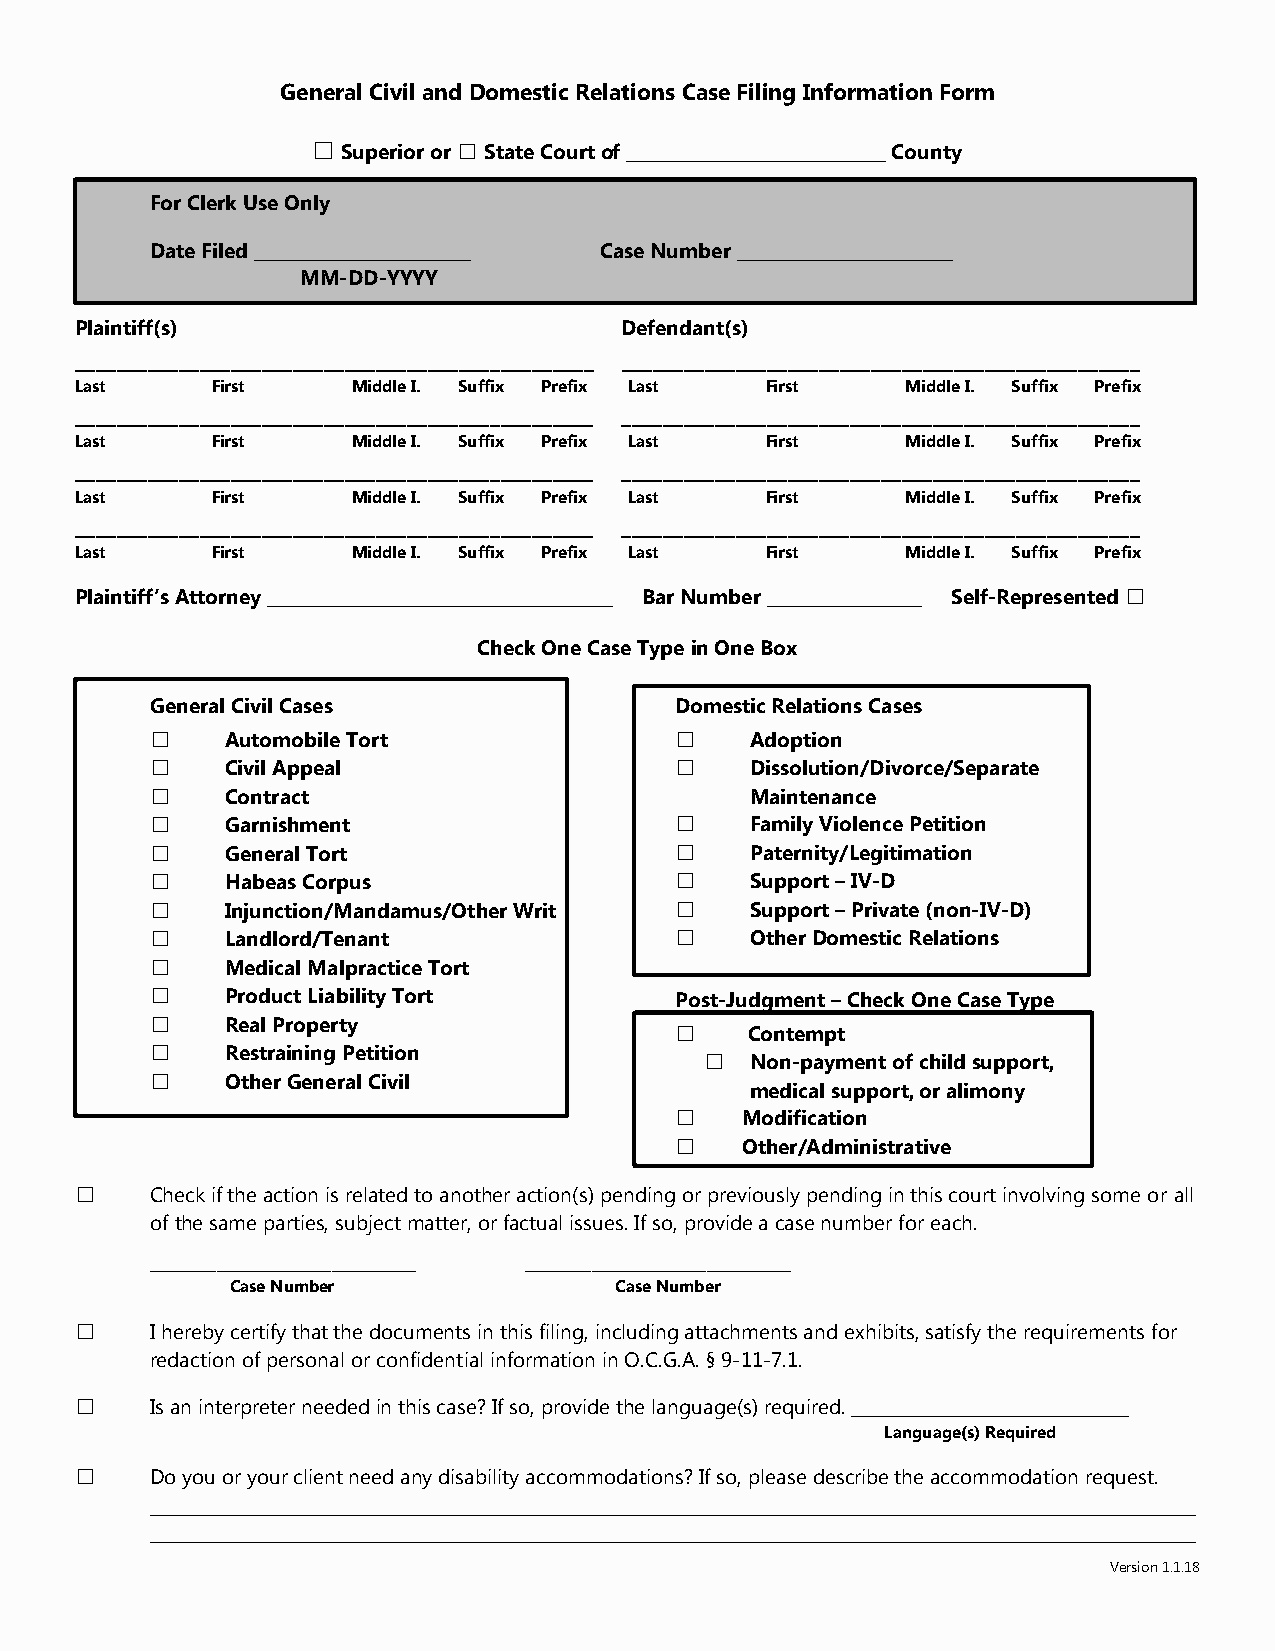
General Civil and Domestic Relations Case Filing Information Form
 ☐ Superior or ☐ State Court of ______________________________ County
 For Clerk Use Only
 Date Filed _________________________ Case Number _________________________
 MM-DD-YYYY
 Plaintiff(s)                        Defendant(s)
 __________________________________________________ __________________________________________________
 Last     First    Middle I. Suffix Prefix Last First   Middle I. Suffix Prefix
 __________________________________________________ __________________________________________________
 Last     First    Middle I. Suffix Prefix Last First   Middle I. Suffix Prefix
 __________________________________________________ __________________________________________________
 Last     First    Middle I. Suffix Prefix Last First   Middle I. Suffix Prefix
 __________________________________________________ __________________________________________________
 Last     First    Middle I. Suffix Prefix Last First   Middle I. Suffix Prefix
 Plaintiff’s Attorney ________________________________________ Bar Number __________________ Self-Represented ☐
 Check One Case Type in One Box
 General Civil Cases                Domestic Relations Cases
 ☐    Automobile Tort               ☐    Adoption
 ☐    Civil Appeal                  ☐    Dissolution/Divorce/Separate
 ☐    Contract                           Maintenance
 ☐    Garnishment                   ☐    Family Violence Petition
 ☐    General Tort                  ☐    Paternity/Legitimation
 ☐    Habeas Corpus                 ☐    Support – IV-D
 ☐    Injunction/Mandamus/Other Writ ☐   Support – Private (non-IV-D)
 ☐    Landlord/Tenant               ☐    Other Domestic Relations
 ☐    Medical Malpractice Tort
 ☐    Product Liability Tort        Post-Judgment – Check One Case Type
 ☐    Real Property
 ☐   Contempt
 ☐    Restraining Petition
 ☐  Non-payment of child support,
 ☐    Other General Civil
 medical support, or alimony
 ☐   Modification
 ☐   Other/Administrative
 ☐    Check if the action is related to another action(s) pending or previously pending in this court involving some or all
 of the same parties, subject matter, or factual issues. If so, provide a case number for each.
 ____________________________________________ ____________________________________________
 Case Number               Case Number
 ☐    I hereby certify that the documents in this filing, including attachments and exhibits, satisfy the requirements for
 redaction of personal or confidential information in O.C.G.A. § 9-11-7.1.
 ☐    Is an interpreter needed in this case? If so, provide the language(s) required. ________________________________
 Language(s) Required
 ☐    Do you or your client need any disability accommodations? If so, please describe the accommodation request.
 _________________________________________________________________________________________________________________________
 _________________________________________________________________________________________________________________________
 Version 1.1.18